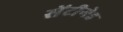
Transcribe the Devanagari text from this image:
सेंटीगेड